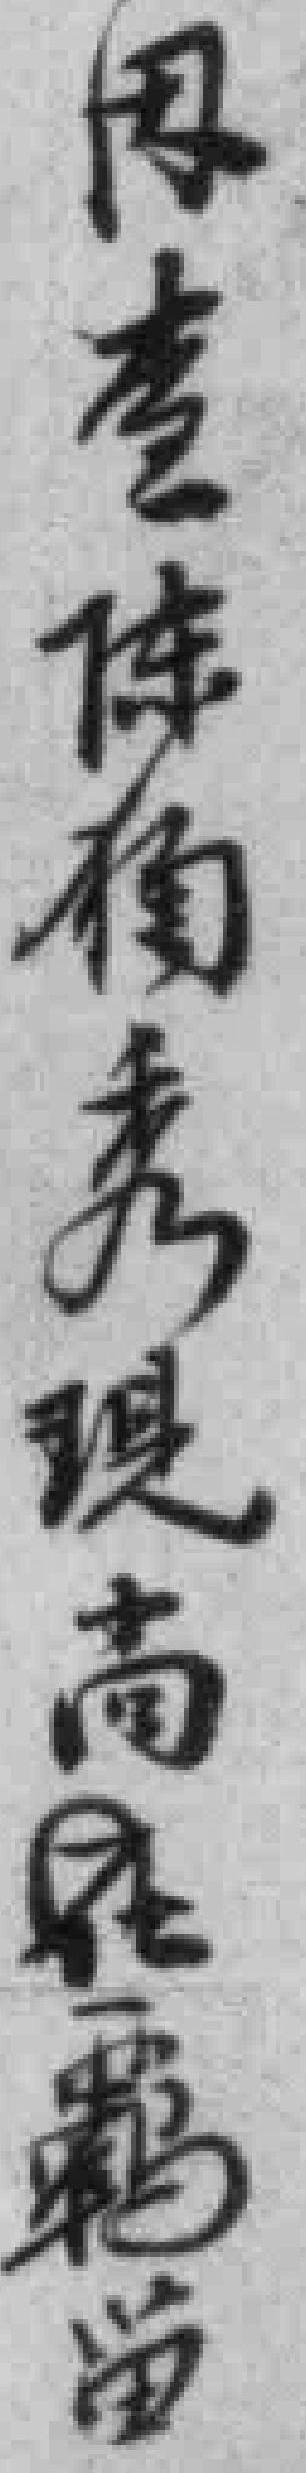
因查陳獨秀現尚在羈*